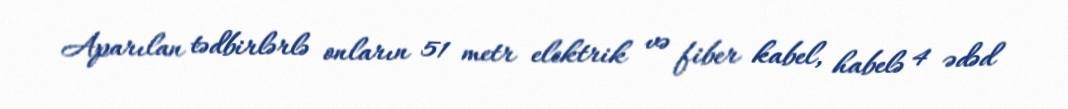
Aparılan tədbirlərlə onların 51 metr elektrik və fiber kabel, habelə 4 ədəd